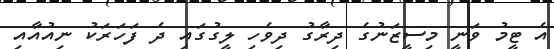
އެ ޓީމު ވަނީ މިސީޒަނުގެ ދިރާގު ދިވެހި ލީގުގައި ދެ ފަހަރަކު ނިއުއާއި